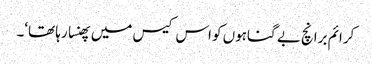
کرائم برانچ بے گناہوں کو اس کیس میں پھنسا رہا تھا‘۔